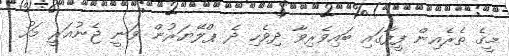
މީގެ ތެރެއިން ފީފާގައި ބައިވެރިވާ ދިވެހި ދެ ޕްލޭޔަރުން ވަނީ ޖެނުއަރީ މަހު